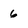
Character: 6